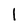
Character: l